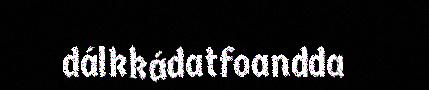
dálkkádatfoandda